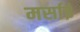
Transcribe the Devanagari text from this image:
मर्साई